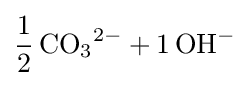
{\ce {1/2CO3^2- + 1OH-}}